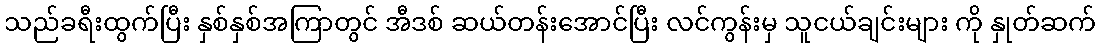
သည်ခရီးထွက်ပြီး နှစ်နှစ်အကြာတွင် အီဒစ် ဆယ်တန်းအောင်ပြီး လင်ကွန်းမှ သူငယ်ချင်းများ ကို နှုတ်ဆက်